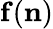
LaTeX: {\mathbf f}({\mathbf n})